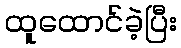
ထူထောင်ခဲ့ပြီး